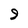
Character: 9